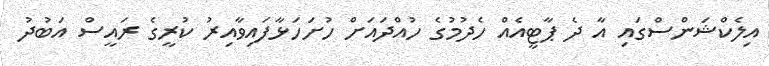
އިލެކްޝަންސްގައި އާ ދެ ޕާޓީއެއް ހެދުމުގެ ހުއްދައަށް ހުށަހަޅާފައިވާއިރު ކުރީގެ ރައީސް އަބުދު